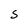
Character: S